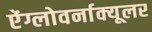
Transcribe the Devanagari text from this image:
ऐंग्लोवर्नाक्यूलर